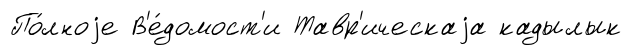
По́лноjе В'е́домост'и Тавр'ическаjа кадылык